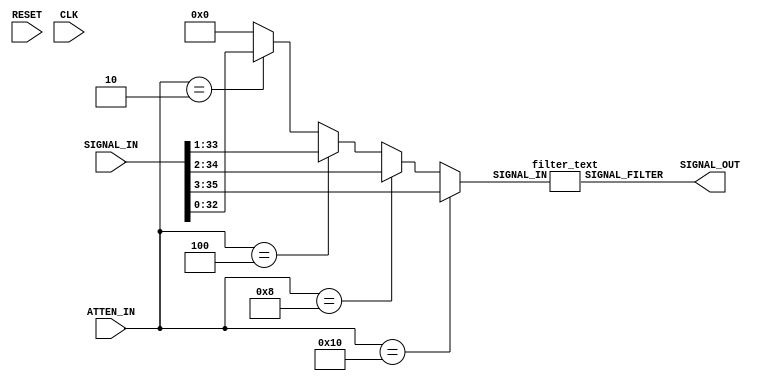
module receiver_text(SIGNAL_IN, ATTEN_IN, SIGNAL_OUT,RESET,CLK); 
	input [35:0] SIGNAL_IN; //received signal
	input [4:0] ATTEN_IN; //received attenuation factor
	output [17:0] SIGNAL_OUT; //filtered and corrected signal output
	input RESET,CLK;

	
	wire [17:0] SIGNAL_FILTER; //signal when being filtered
	reg [32:0] SIGNAL_ATTEN; //signal when having attenuation corrected
	reg [4:0] ATTEN_FACTOR; //Value signal is attenuated by
	
	
	always @(*) begin //attenuator
		if (ATTEN_IN == 5'd16) begin
			SIGNAL_ATTEN = SIGNAL_IN[35:3] ;
		end
		else if (ATTEN_IN == 5'd8) begin
			SIGNAL_ATTEN = SIGNAL_IN[34:2] ; //if divided by 2 (shift by 1)
		end
		else if (ATTEN_IN == 5'd4) begin
			SIGNAL_ATTEN = SIGNAL_IN[33:1] ; //if divided by 4 (shift by 2)
		end
		else if (ATTEN_IN == 5'd2) begin
			SIGNAL_ATTEN = SIGNAL_IN[32:0] ; //if divided by 8 (shift by 3)
		end
		else begin
			SIGNAL_ATTEN = 32'd0;
		end
	end

	assign SIGNAL_OUT = SIGNAL_FILTER; //signal out post receiver functions

	filter_text FILTER(SIGNAL_ATTEN, SIGNAL_FILTER);//instantiate filter module
	
endmodule


module filter_text(SIGNAL_IN, SIGNAL_FILTER);
	input [32:0] SIGNAL_IN;
	output [17:0] SIGNAL_FILTER;
	
	
	assign SIGNAL_FILTER = SIGNAL_IN[32:15]; //remove noise vary size according to amount of noise and text size
	
endmodule